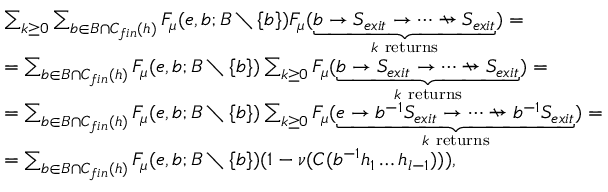
\begin{array} { r l } & { \sum _ { k \ge 0 } \sum _ { b \in B \cap C _ { f i n } ( h ) } F _ { \mu } ( e , b ; B \setminus \{ b \} ) F _ { \mu } ( \underbrace { b \rightarrow S _ { e x i t } \rightarrow \dots \nrightarrow S _ { e x i t } } _ { k \mathrm { ~ r e t u r n s } } ) = } \\ & { = \sum _ { b \in B \cap C _ { f i n } ( h ) } F _ { \mu } ( e , b ; B \setminus \{ b \} ) \sum _ { k \ge 0 } F _ { \mu } ( \underbrace { b \rightarrow S _ { e x i t } \rightarrow \dots \nrightarrow S _ { e x i t } } _ { k \mathrm { ~ r e t u r n s } } ) = } \\ & { = \sum _ { b \in B \cap C _ { f i n } ( h ) } F _ { \mu } ( e , b ; B \setminus \{ b \} ) \sum _ { k \ge 0 } F _ { \mu } ( \underbrace { e \rightarrow b ^ { - 1 } S _ { e x i t } \rightarrow \dots \nrightarrow b ^ { - 1 } S _ { e x i t } } _ { k \mathrm { ~ r e t u r n s } } ) = } \\ & { = \sum _ { b \in B \cap C _ { f i n } ( h ) } F _ { \mu } ( e , b ; B \setminus \{ b \} ) ( 1 - \nu ( C ( b ^ { - 1 } h _ { 1 } \dots h _ { l - 1 } ) ) ) , } \end{array}